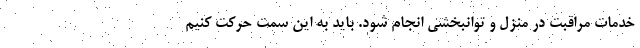
خدمات مراقبت در منزل و توانبخشی انجام شود. باید به این سمت حرکت کنیم